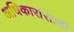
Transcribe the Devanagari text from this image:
अधिकारांसाठी